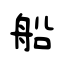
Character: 船